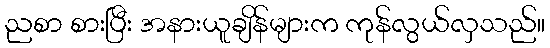
ညစာ စားပြီး အနားယူချိန်များက ကုန်လွယ်လှသည်။